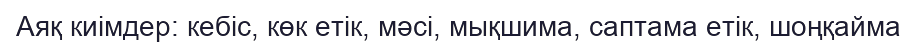
Аяқ киімдер: кебіс, көк етік, мәсі, мықшима, саптама етік, шоңқайма